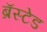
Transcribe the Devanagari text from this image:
ब्रॅस्टेड